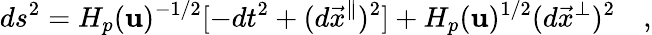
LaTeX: ds^{2}=H_{p}(\mathbf{u})^{-1/2}[-dt^{2}+(d{{\vec{{x}}}^{\parallel}})^{2}]+H_{p}(\mathbf{u})^{1/2}(d{{\vec{{x}}}^{\perp}})^{2}\quad,